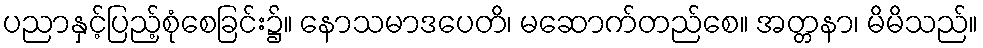
ပညာနှင့်ပြည့်စုံစေခြင်း၌။ နောသမာဒပေတိ၊ မဆောက်တည်စေ။ အတ္တနာ၊ မိမိသည်။